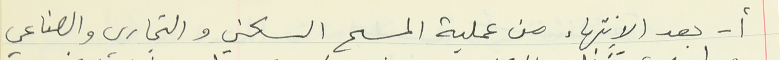
أ - بعد الإنتهاء من عملية المسح السكني والتجاري والصناعي